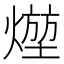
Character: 𤍣